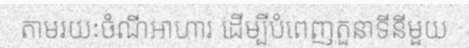
តាមរយៈចំណីអាហារ ដើម្បីបំពេញតួនាទីនីមួយ